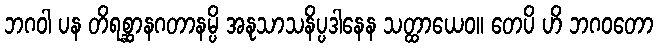
ဘဂဝါ ပန တိရစ္ဆာနဂတာနမ္ပိ အနုသာသနိပ္ပဒါနေန သတ္ထာယေဝ။ တေပိ ဟိ ဘဂဝတော